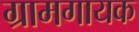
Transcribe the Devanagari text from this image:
ग्रामगायक